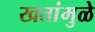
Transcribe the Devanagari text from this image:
खतांमुळे